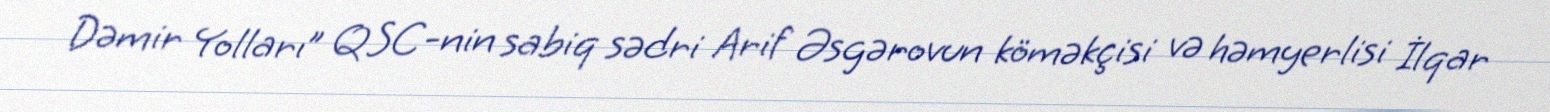
Dəmir Yolları” QSC-nin sabiq sədri Arif Əsgərovun köməkçisi və həmyerlisi İlqar